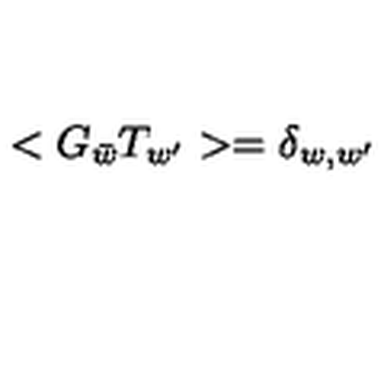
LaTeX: < G _ { \bar { w } } T _ { w ^ { \prime } } > = \delta _ { w , w ^ { \prime } }